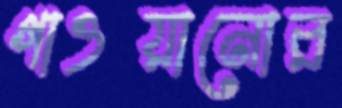
গাওয়ানোর